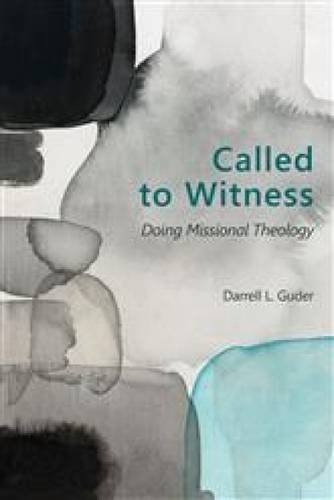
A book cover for Called to Witness: Doing Missional Theology (The Gospel and Our Culture Series (GOCS)); Darrell L. Guder; Christian Books & Bibles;